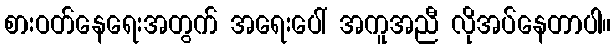
စားဝတ်နေရေးအတွက် အရေးပေါ် အကူအညီ လိုအပ်နေတာပါ။